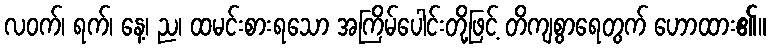
လဝက်၊ ရက်၊ နေ့၊ ည၊ ထမင်းစားရသော အကြိမ်ပေါင်းတို့ဖြင့် တိကျစွာရေတွက် ဟောထား၏။